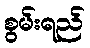
စွမ်းရည်